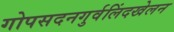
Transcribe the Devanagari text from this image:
गोपसदनगुर्वलिंदखेलन